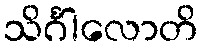
သိင်္ဂါလောတိ